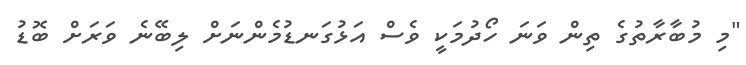
"މި މުބާރާތުގެ ތިން ވަނަ ހޯދުމަކީ ވެސް އަޅުގަނޑުމެންނަށް ލިބޭނެ ވަރަށް ބޮޑު